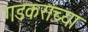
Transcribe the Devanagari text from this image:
गडकरांच्या